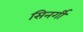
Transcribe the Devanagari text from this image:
सिनर्गी